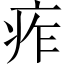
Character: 痄